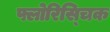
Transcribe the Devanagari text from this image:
फ्लोरिस्चिक